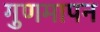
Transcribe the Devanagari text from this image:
गुणमापन